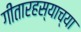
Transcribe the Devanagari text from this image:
गीतारहस्याच्या